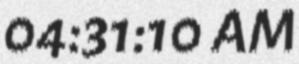
04:31:10 AM